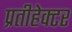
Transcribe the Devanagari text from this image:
प्रतीहेक्टर